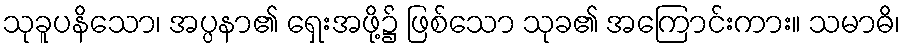
သုခူပနိသော၊ အပ္ပနာ၏ ရှေးအဖို့၌ ဖြစ်သော သုခ၏ အကြောင်းကား။ သမာဓိ၊